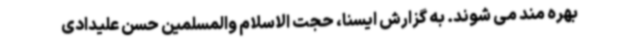
بهره مند می شوند. به گزارش ایسنا، حجت الاسلام والمسلمین حسن علیدادی